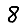
Digit: 8